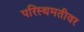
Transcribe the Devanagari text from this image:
परिस्थमतीवर